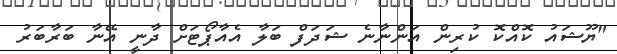
"ޔޫޝައު ކޮއްކޮ ކުރިން އަންނާނެ ޝަދަފް ބަލާ އެއާޕޯޓަށް ދާނީ އޭނާ ބަރާބަރު